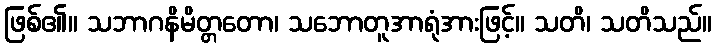
ဖြစ်၏။ သဘာဂနိမိတ္တတော၊ သဘောတူအာရုံအားဖြင့်။ သတိ၊ သတိသည်။